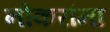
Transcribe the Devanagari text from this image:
नोकरांना